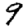
Digit: 9